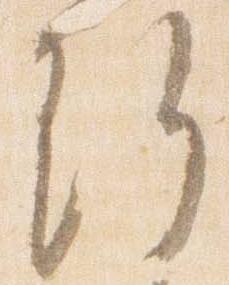
許